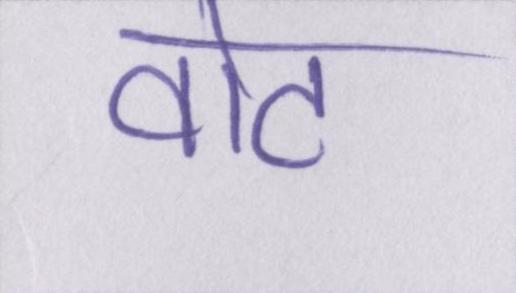
वोट